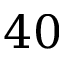
4 0